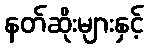
နတ်ဆိုးများနှင့်